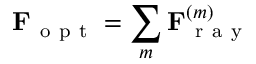
\mathbf { F } _ { \mathrm { ~ o ~ p ~ t ~ } } = \sum _ { m } \mathbf { F } _ { \mathrm { ~ r ~ a ~ y ~ } } ^ { ( m ) }